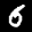
Label: 6